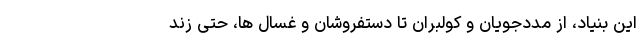
این بنیاد،‌ از مددجویان و کولبران تا دستفروشان و غسال ها، حتی زند